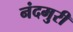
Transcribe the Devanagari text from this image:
नंदमुरी